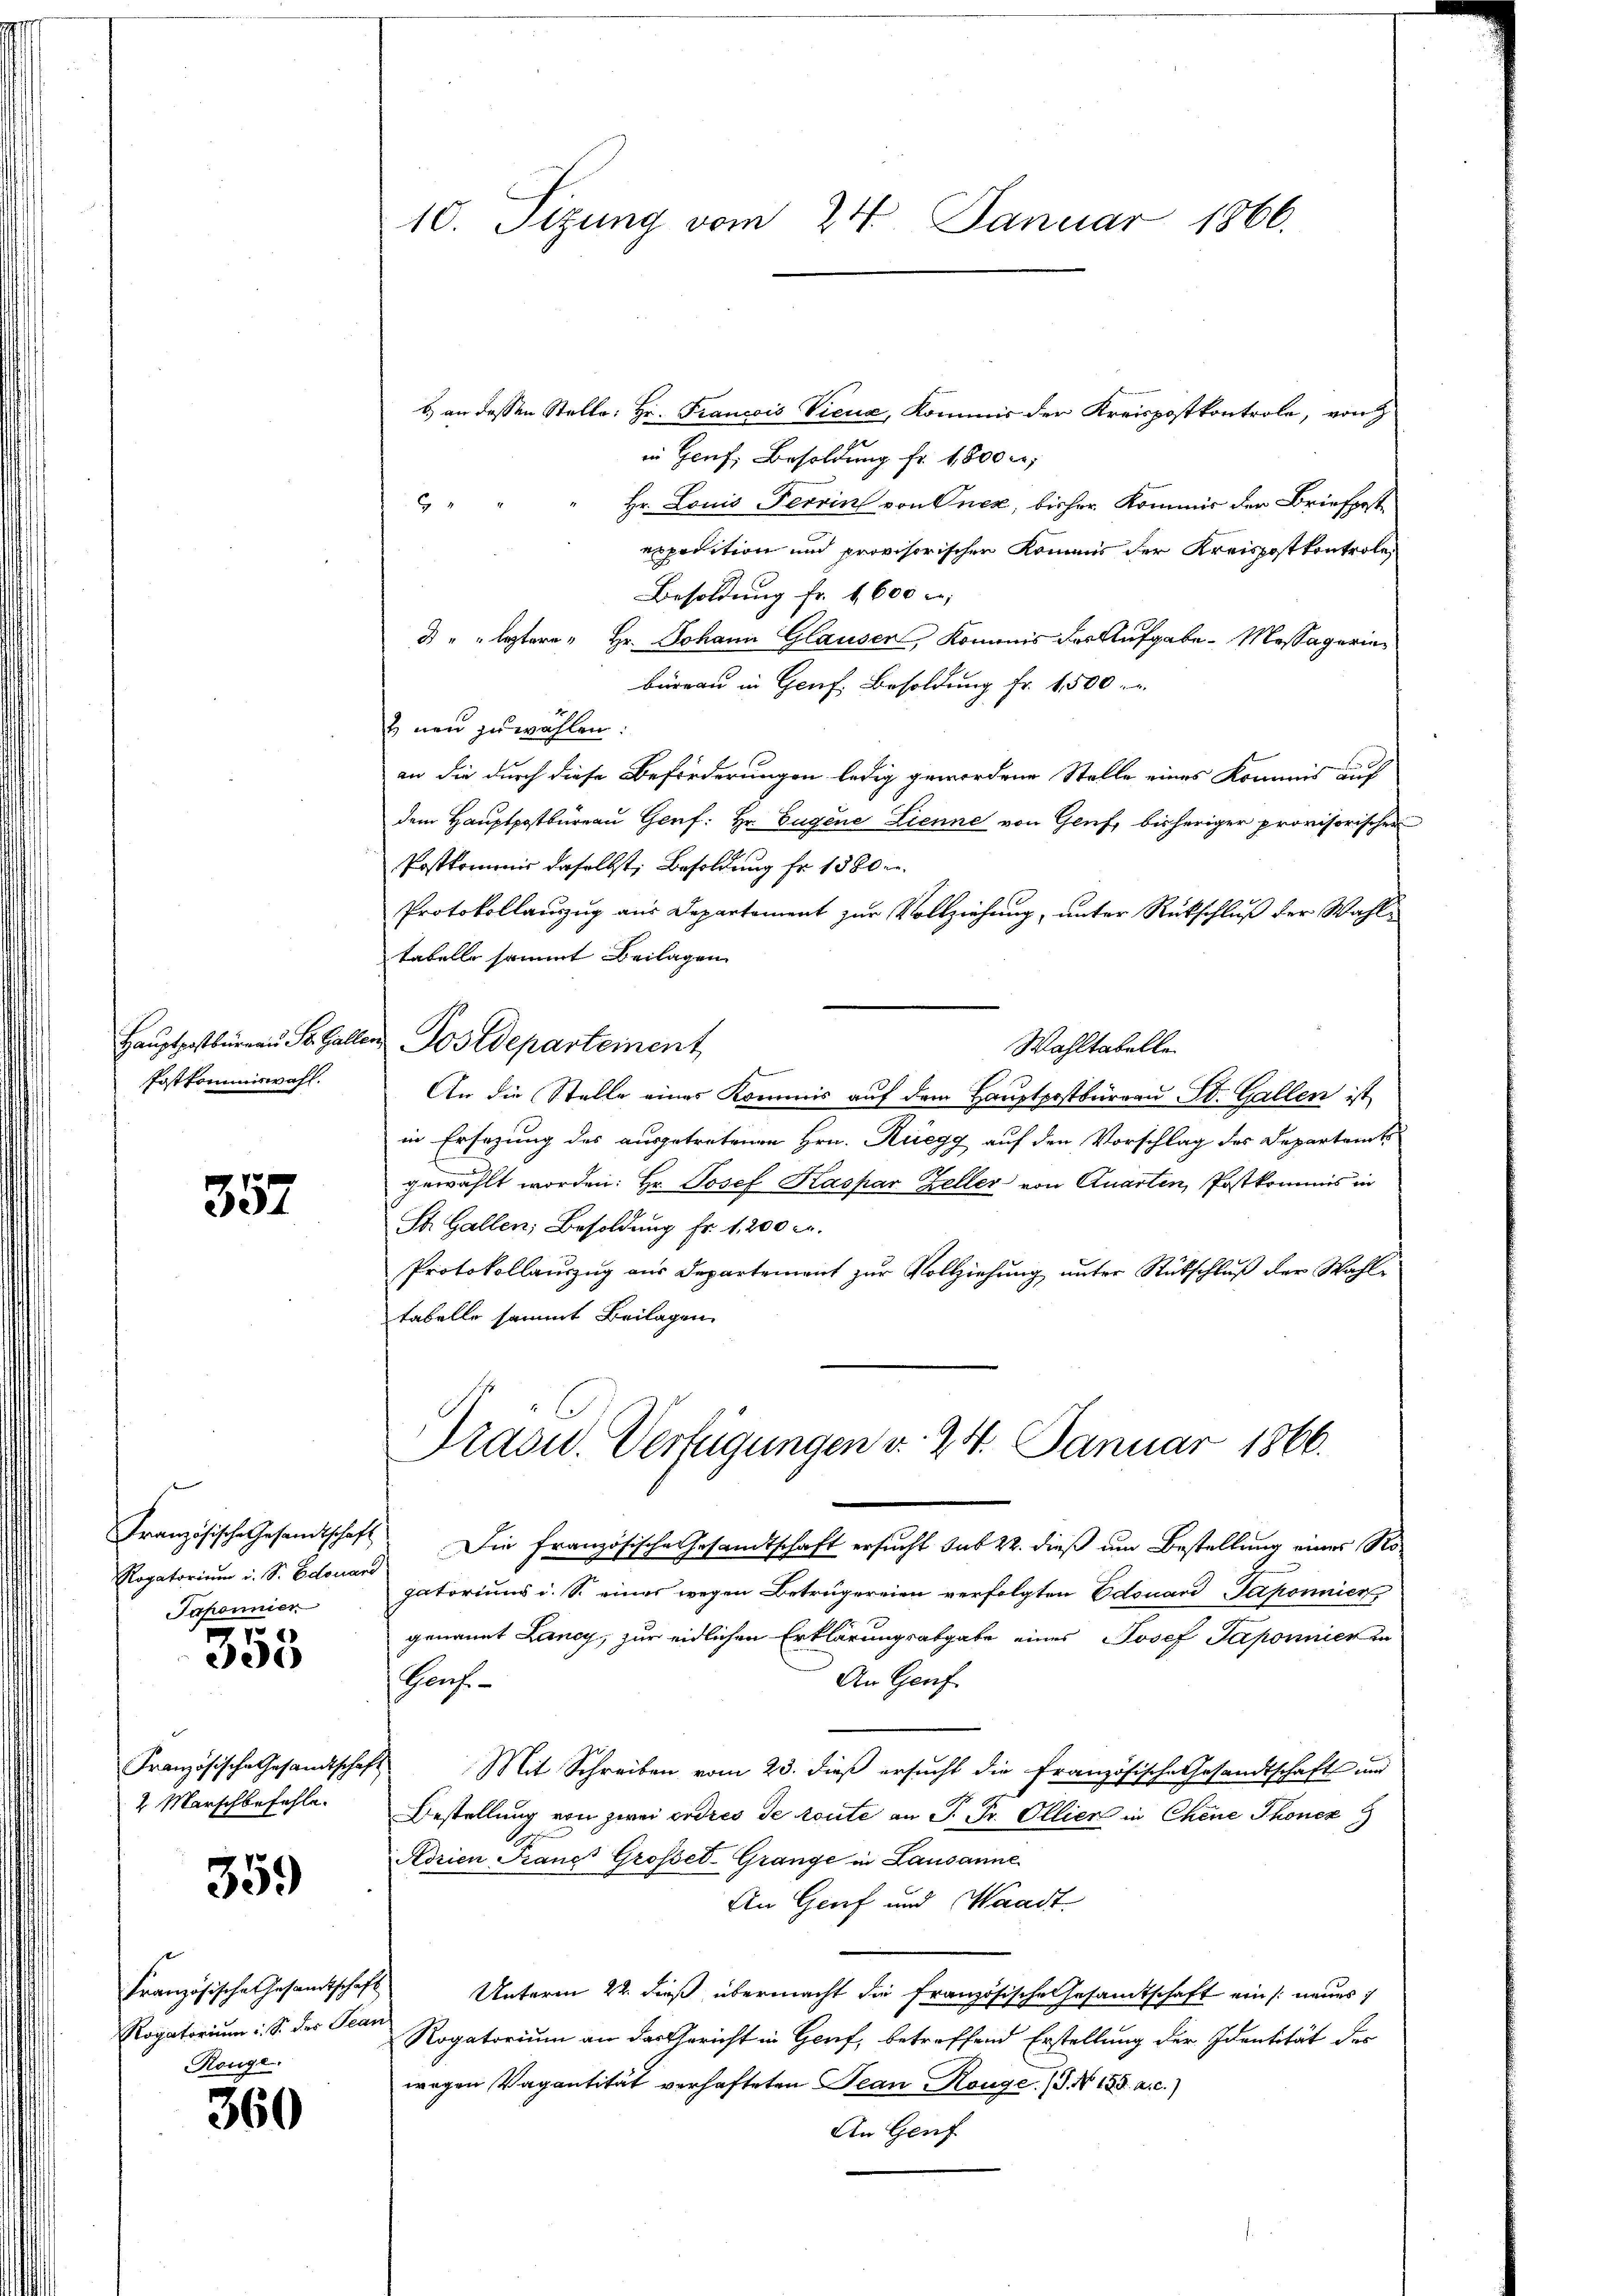
Hauptpostbureau St. Galle
Postkommiswahl.

357

Französische Gesandtschaft
Rogatorium i. S. Edouari
Paponnien

355

Französische Gesandtschaf
2 Marschbefehle.

359)

Französische Gesandtschaft
Rogatorium S. des Tear
Ronge.

360

10. Sizung vom 24. Januar 1866.

.) an dessen Stelle: Hr. Francois Vieua, Kommis der Kreispostkontrole, von
in Genf, Besoldung fr. 1800 r.
Hr. Louis Terrin von Onez, bisher Kommis der Briefest¬

exposition und provisorischen Kommis der Kreispostkontrole
Besoldung fr. 1600
d " " leztere " Hr. Johann Glausen, Kommnis der Aufgabe-Messägerinbureau in Genf, Besoldung fr. 1500
& neu zu wählen.
an die durch diese Beförderungen ledig gewordene Stelle eines Kommis auf
dem Hauptpostbüreau Genf: Hr. Eugene Lienne von Genf bisheriger provisorischen
Postkommnis daselbst, Besoldung fr. 1380 l.
Protokollauszug aus Departement zur Vollziehung, unter Rückschluß der Wahltabello sammt Beilagen
 Postdeparteinent
Wahltabelle
An die Stelle eines Kommis auf dem Hauptpostbureau St. Gallen ist
in Ersezung des ausgetretenen Hrn. Rüegg auf den Vorschlag des Departamts
gewählt worden: Hr. Josef Kaspar Zeller von Quarten, Postkommis in
St. Gallen; Besoldung fr. 1,200 l.
Protokollauszug aus Departement zur Vollziehung unter Stückschluß der Wahltabelle sammt Beilagen
rasid. Verfügungen v. 24. Januar 1866.
Die französische Gesandtschaft ersucht sub 22. dieß um Bestellung eines Rogatoriums i. S. eines wegen Betrügereien verfolgten Edouard Gaponnier
genannt Lancy, zur eidlichen Erklärungsabgabe eines Josef Saponnien in
An Genf
Haf
Mit Schreiben vom 23. dieß ersucht die Französische Gesandtschafts und
Bestellung von zwei ordres de toute an P. Pr. Ollier in Chene Thonez
Adrien Fraue Grosser-Grange in Lausanne
An Genf und Waadt
Unterm 22. dieß übermacht die Französische Gesamtschaft ein neues
Rogatorium an das Gericht in Genf, betreffend Erstellung der Identität des
wegen Vagantität verhafteten Jean Rouge. (T. N 155. a. c.)
An Genf